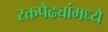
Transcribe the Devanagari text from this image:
रक्तपेढ्यांमध्ये